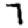
Digit: 7